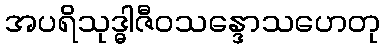
အပရိသုဒ္ဓါဇီဝသန္ဒောသဟေတု